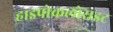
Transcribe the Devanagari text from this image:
हाइपोकलोराइट